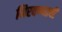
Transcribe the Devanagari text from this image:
मिरवण्याची